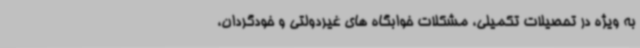
به ویژه در تحصیلات تکمیلی، مشکلات خوابگاه های غیردولتی و خودگردان،